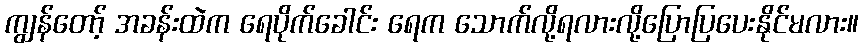
ကျွန်တော့် အခန်းထဲက ရေပိုက်ခေါင်း ရေက သောက်လို့ရလားလို့ပြောပြပေးနိုင်မလား။